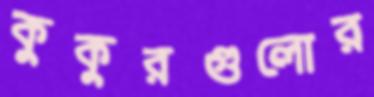
কুকুরগুলোর